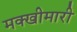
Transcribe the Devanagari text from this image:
मक्खीमारी